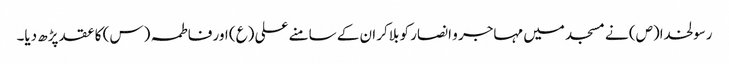
رسولخدا(ص) نے مسجد میں مہاجر و انصار کو بلاکر ان کے سامنے علی (ع) اور فاطمہ (س) کا عقد پڑھ دیا۔